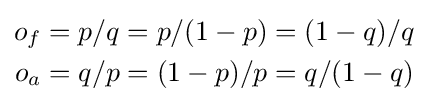
{\begin{aligned}o_{f}&=p/q=p/(1-p)=(1-q)/q\\o_{a}&=q/p=(1-p)/p=q/(1-q)\end{aligned}}